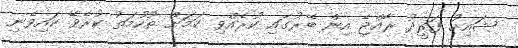
ޝައިހު ފަރީދު ރާއްޖެ އިން ބޭރުގައި ކުރެއްވި ކަމަށް ތުހުމަތު ކުރެވޭ ކައިވެނި